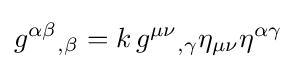
g^{\alpha \beta }{}_{,\beta }=k\,g^{\mu \nu }{}_{,\gamma }\eta _{\mu \nu }\eta ^{\alpha \gamma }